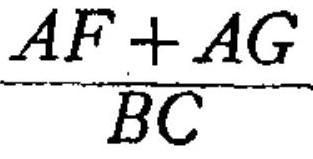
$\frac{AF + AG}{BC}$